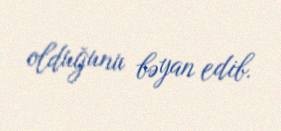
olduğunu bəyan edib.